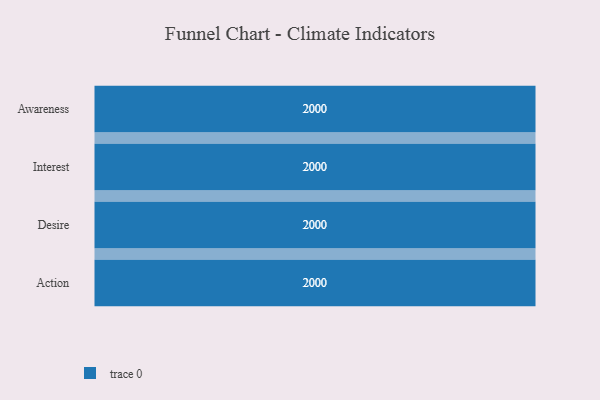
{"axis": {"x": "Stage", "y": "Value"}, "legend": [""], "data": [{"x": "Awareness", "y": 2000, "type": ""}, {"x": "Interest", "y": 2000, "type": ""}, {"x": "Desire", "y": 2000, "type": ""}, {"x": "Action", "y": 2000, "type": ""}]}